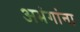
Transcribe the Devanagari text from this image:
अभंगांना